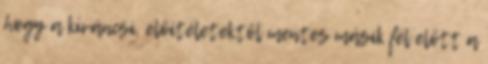
hogy a kíváncsi, előítéletektől mentes másik fél előtt a